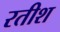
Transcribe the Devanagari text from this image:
रतीश